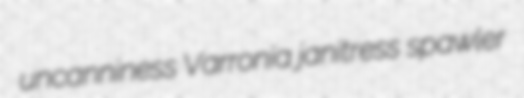
uncanniness Varronia janitress spawler